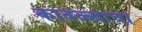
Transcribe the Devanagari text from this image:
कावळ्याचा